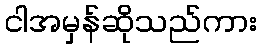
ငါအမှန်ဆိုသည်ကား